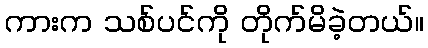
ကားက သစ်ပင်ကို တိုက်မိခဲ့တယ်။